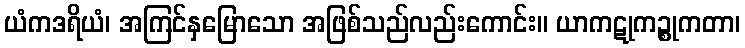
ယံကဒရိယံ၊ အကြင်နှမြောသော အဖြစ်သည်လည်းကောင်း။ ယာကဋုကဉ္စုကတာ၊